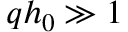
q h _ { 0 } \gg 1